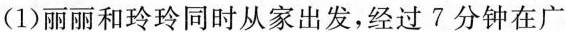
(1)丽丽和玲玲同时从家出发，经过7分钟在广